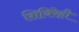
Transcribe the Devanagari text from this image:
शिबिरेही